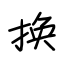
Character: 换